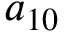
a _ { 1 0 }